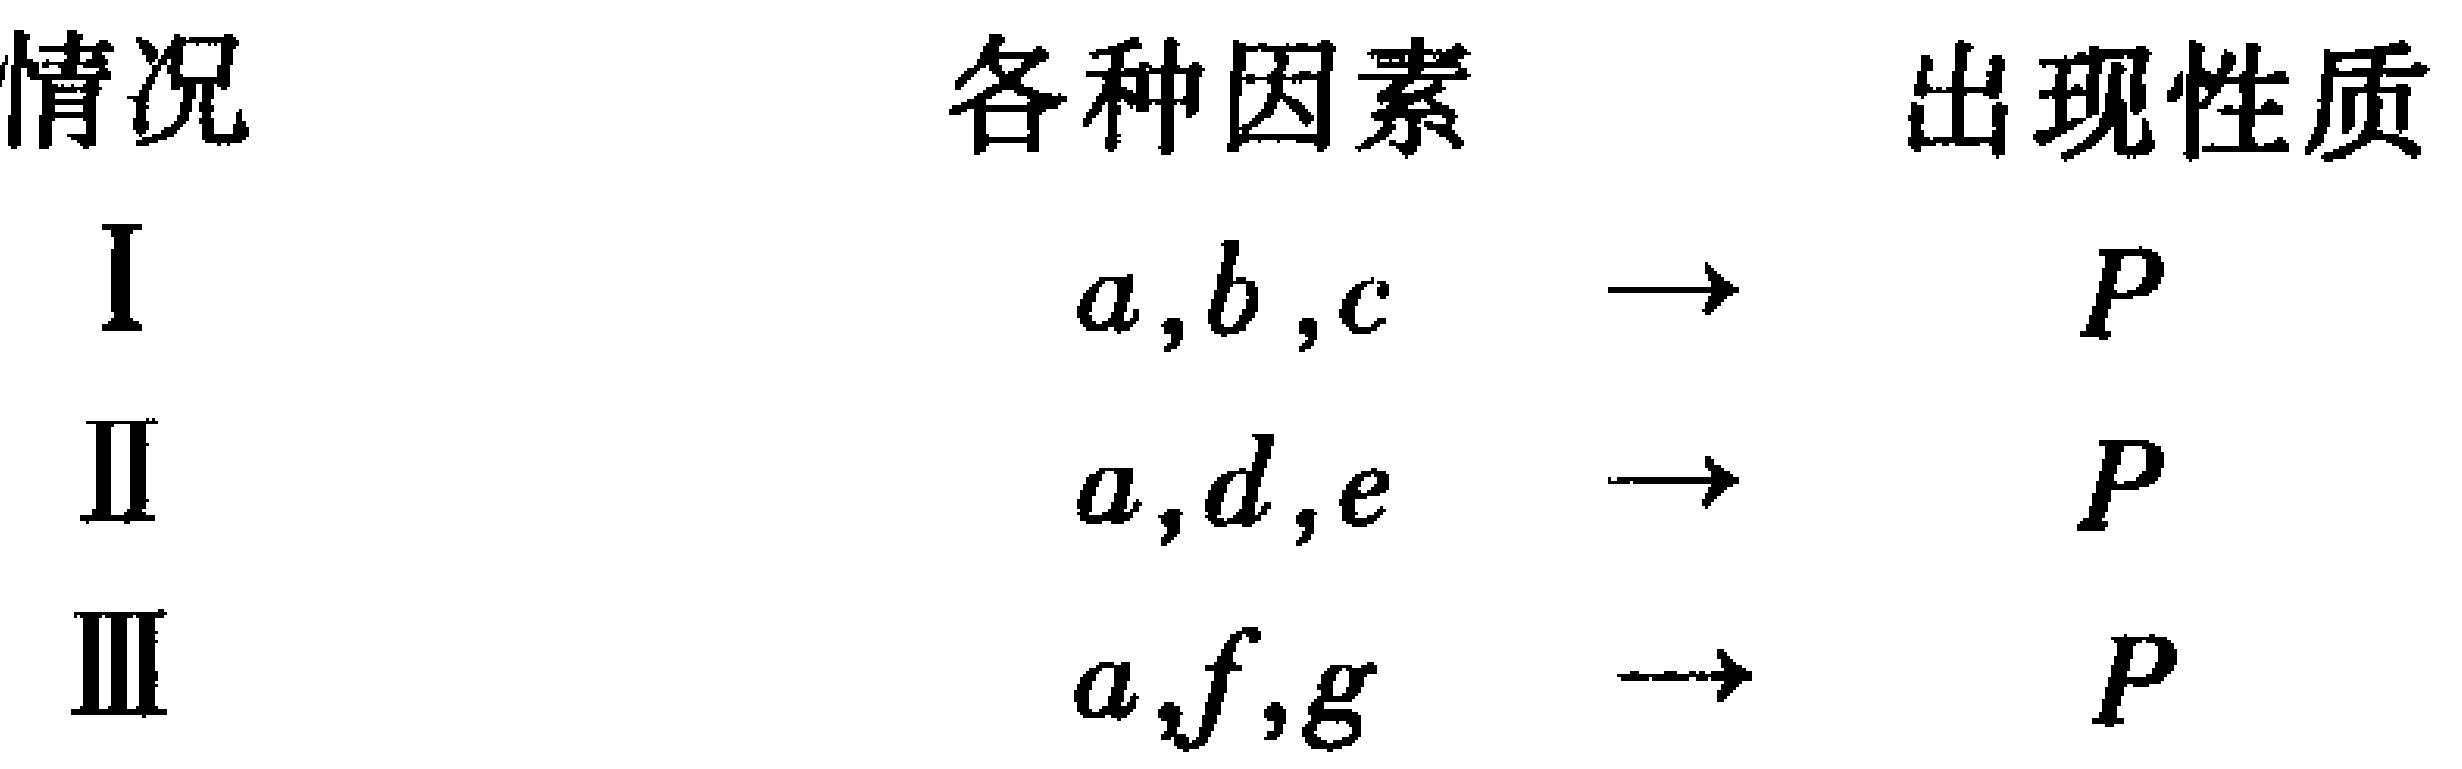
\begin{tabular}{ccc}

情况 & 各种因素 & 出现性质 \\

I & $a,b,c$ & $\to$ $P$ \\

II & $a,d,e$ & $\to$ $P$ \\

III & $a,f,g$ & $\to$ $P$

\end{tabular}